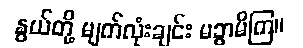
နွယ်တို့ မျက်လုံးချင်း မခွာမိကြ။